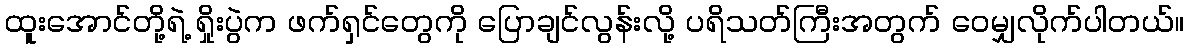
ထူးအောင်တို့ရဲ့ ရှိုးပွဲက ဖက်ရှင်တွေကို ပြောချင်လွန်းလို့ ပရိသတ်ကြီးအတွက် ဝေမျှလိုက်ပါတယ်။